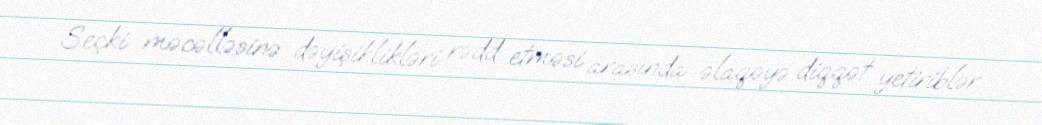
Seçki məcəlləsinə dəyişiklikləri rədd etməsi arasında əlaqəyə diqqət yetiriblər.